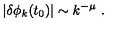
\vert \delta \phi _ { k } ( t _ { 0 } ) \vert \sim k ^ { - \mu } \ .